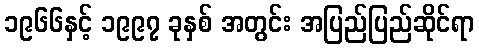
၁၉၆၆နှင့် ၁၉၉၇ ခုနှစ် အတွင်း အပြည်ပြည်ဆိုင်ရာ